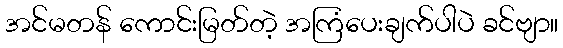
အင်မတန် ကောင်းမြတ်တဲ့ အကြံပေးချက်ပါပဲ ခင်ဗျာ။